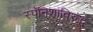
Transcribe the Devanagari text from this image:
स्पॅनिशांविरुद्ध